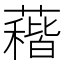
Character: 𱾰